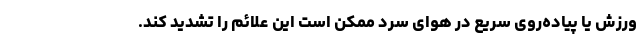
ورزش یا پیاده‌روی سریع در هوای سرد ممکن است این علائم را تشدید کند.